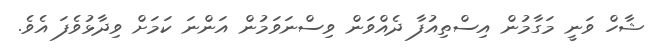
ޝާހް ވަނީ މަގާމުން އިސްތިއުފާ ދެއްވަން ވިސްނަވަމުން އަންނަ ކަމަށް ވިދާޅުވެފަ އެވެ.